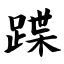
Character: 蹀